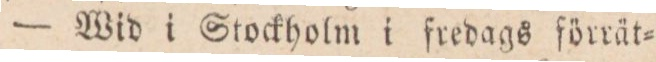
— Wid i Stockholm i fredags förrät=